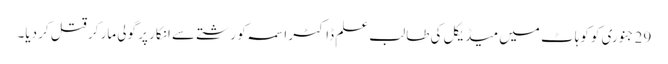
29 جنوری کو کوہاٹ میں میڈیکل کی طالب علم ڈاکٹر اسمہ کو رشتے سے انکار پر گولی مار کر قتل کر دیا۔